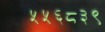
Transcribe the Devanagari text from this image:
५५६८३९